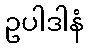
ဥပါဒါနံ